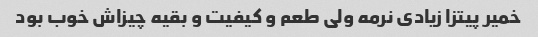
خمیر پیتزا زیادی نرمه ولی طعم و کیفیت و بقیه چیزاش خوب بود